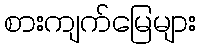
စားကျက်မြေများ